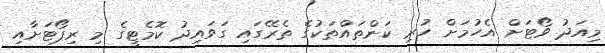
މިއަދު ވޯޓަށް އެހުމަށް ހުރި ކަންތައްތަކުގެ ތެރޭގައި ގަވައިދު ކޮމެޓީގެ މި ރިޕޯޓަށާއި